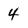
Character: 4